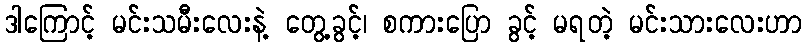
ဒါကြောင့် မင်းသမီးလေးနဲ့ တွေ့ခွင့်၊ စကားပြော ခွင့် မရတဲ့ မင်းသားလေးဟာ